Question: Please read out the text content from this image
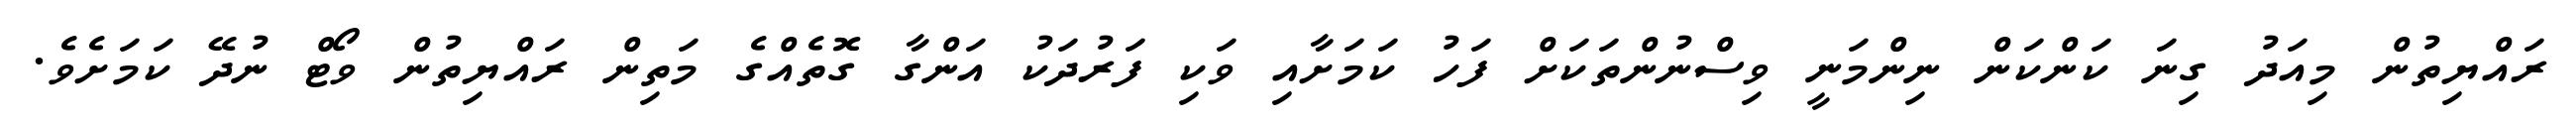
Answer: ރައްޔިތުން މިއަދު ގިނަ ކަންކަން ނިންމަނީ ވިސްނުންތަކަށް ފަހު ކަމަށާއި ވަކި ފަރުދަކު އަންގާ ގޮތެއްގެ މަތިން ރައްޔިތުން ވޯޓް ނުދޭ ކަމަށެވެ.